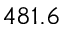
4 8 1 . 6